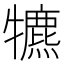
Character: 犥